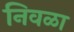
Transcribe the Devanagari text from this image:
निवळा